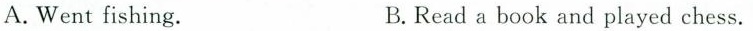
A. Went fishing. B.Read a book and played chess.